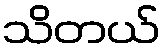
သိတယ်